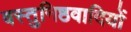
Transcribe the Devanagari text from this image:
वस्तुनिष्ठवादियों